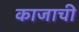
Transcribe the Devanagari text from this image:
काजाची